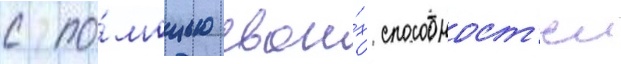
с по́мощью свои́х способност'еи